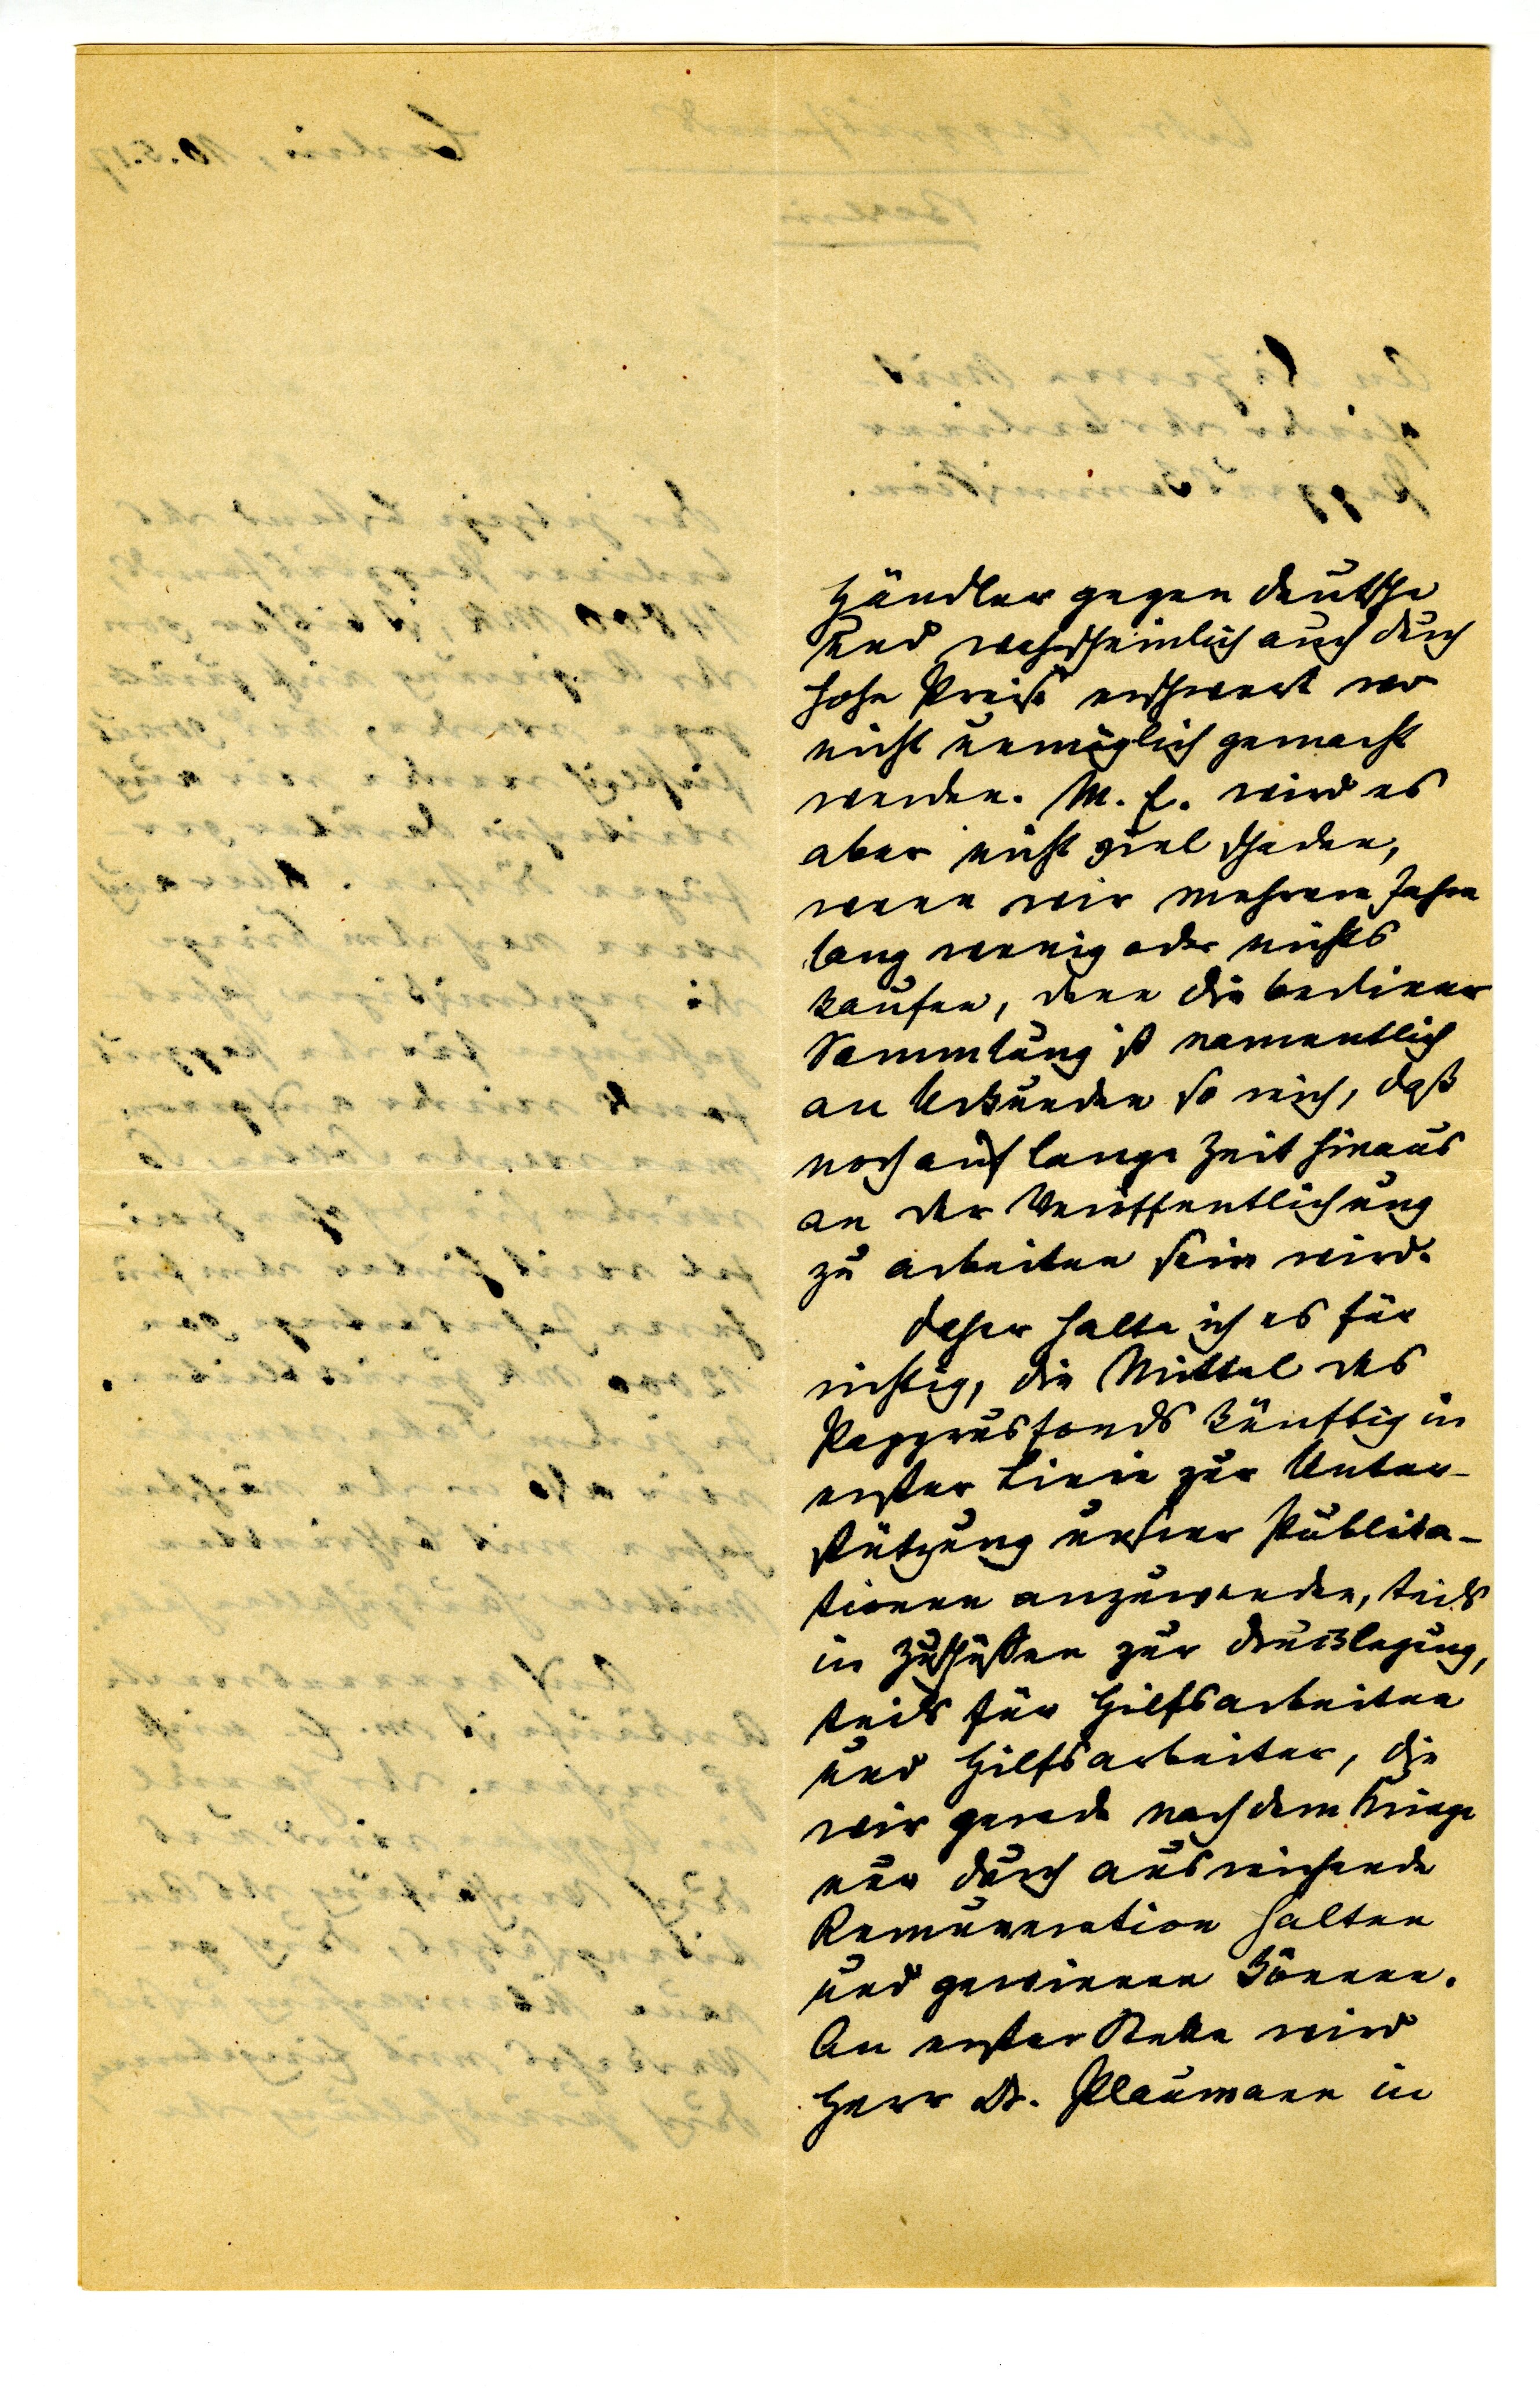
Händler gegen Deutsche
und wahrscheinlich auch durch
hohe Preise erschwert wo
nicht unmöglich gemacht
werden. M. E. wird es
aber nicht viel schaden,
wenn wir mehrere Jahre
lang wenig oder nichts
kaufen, denn die berliner
Sammlung ist namentlich
an Urkunden so viel, daß
noch auf lange Zeit hinaus
an der Veröffentlichung
zu arbeiten sein wird.
Daher halte ich es für
wichtig, die Mittel des
Papyrusfonds künftig in
erster Linie zur Unter¬
stützung unsrer Publika¬
tionen anzuwenden, teils
in Zuschüssen zur Drucklegung,
teils für Hilfsarbeiten
und Hilfsarbeiter, die
wir gerade nach dem Kriege
nur durch ausreichende
Remuneration halten
und gewinnnen können.
An erster Stelle wird
Herr Dr. Plaumann im